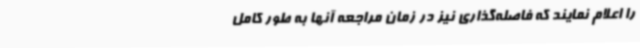
را اعلام نمایند که فاصله‌گذاری نیز در زمان مراجعه آنها به طور کامل